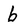
Character: b